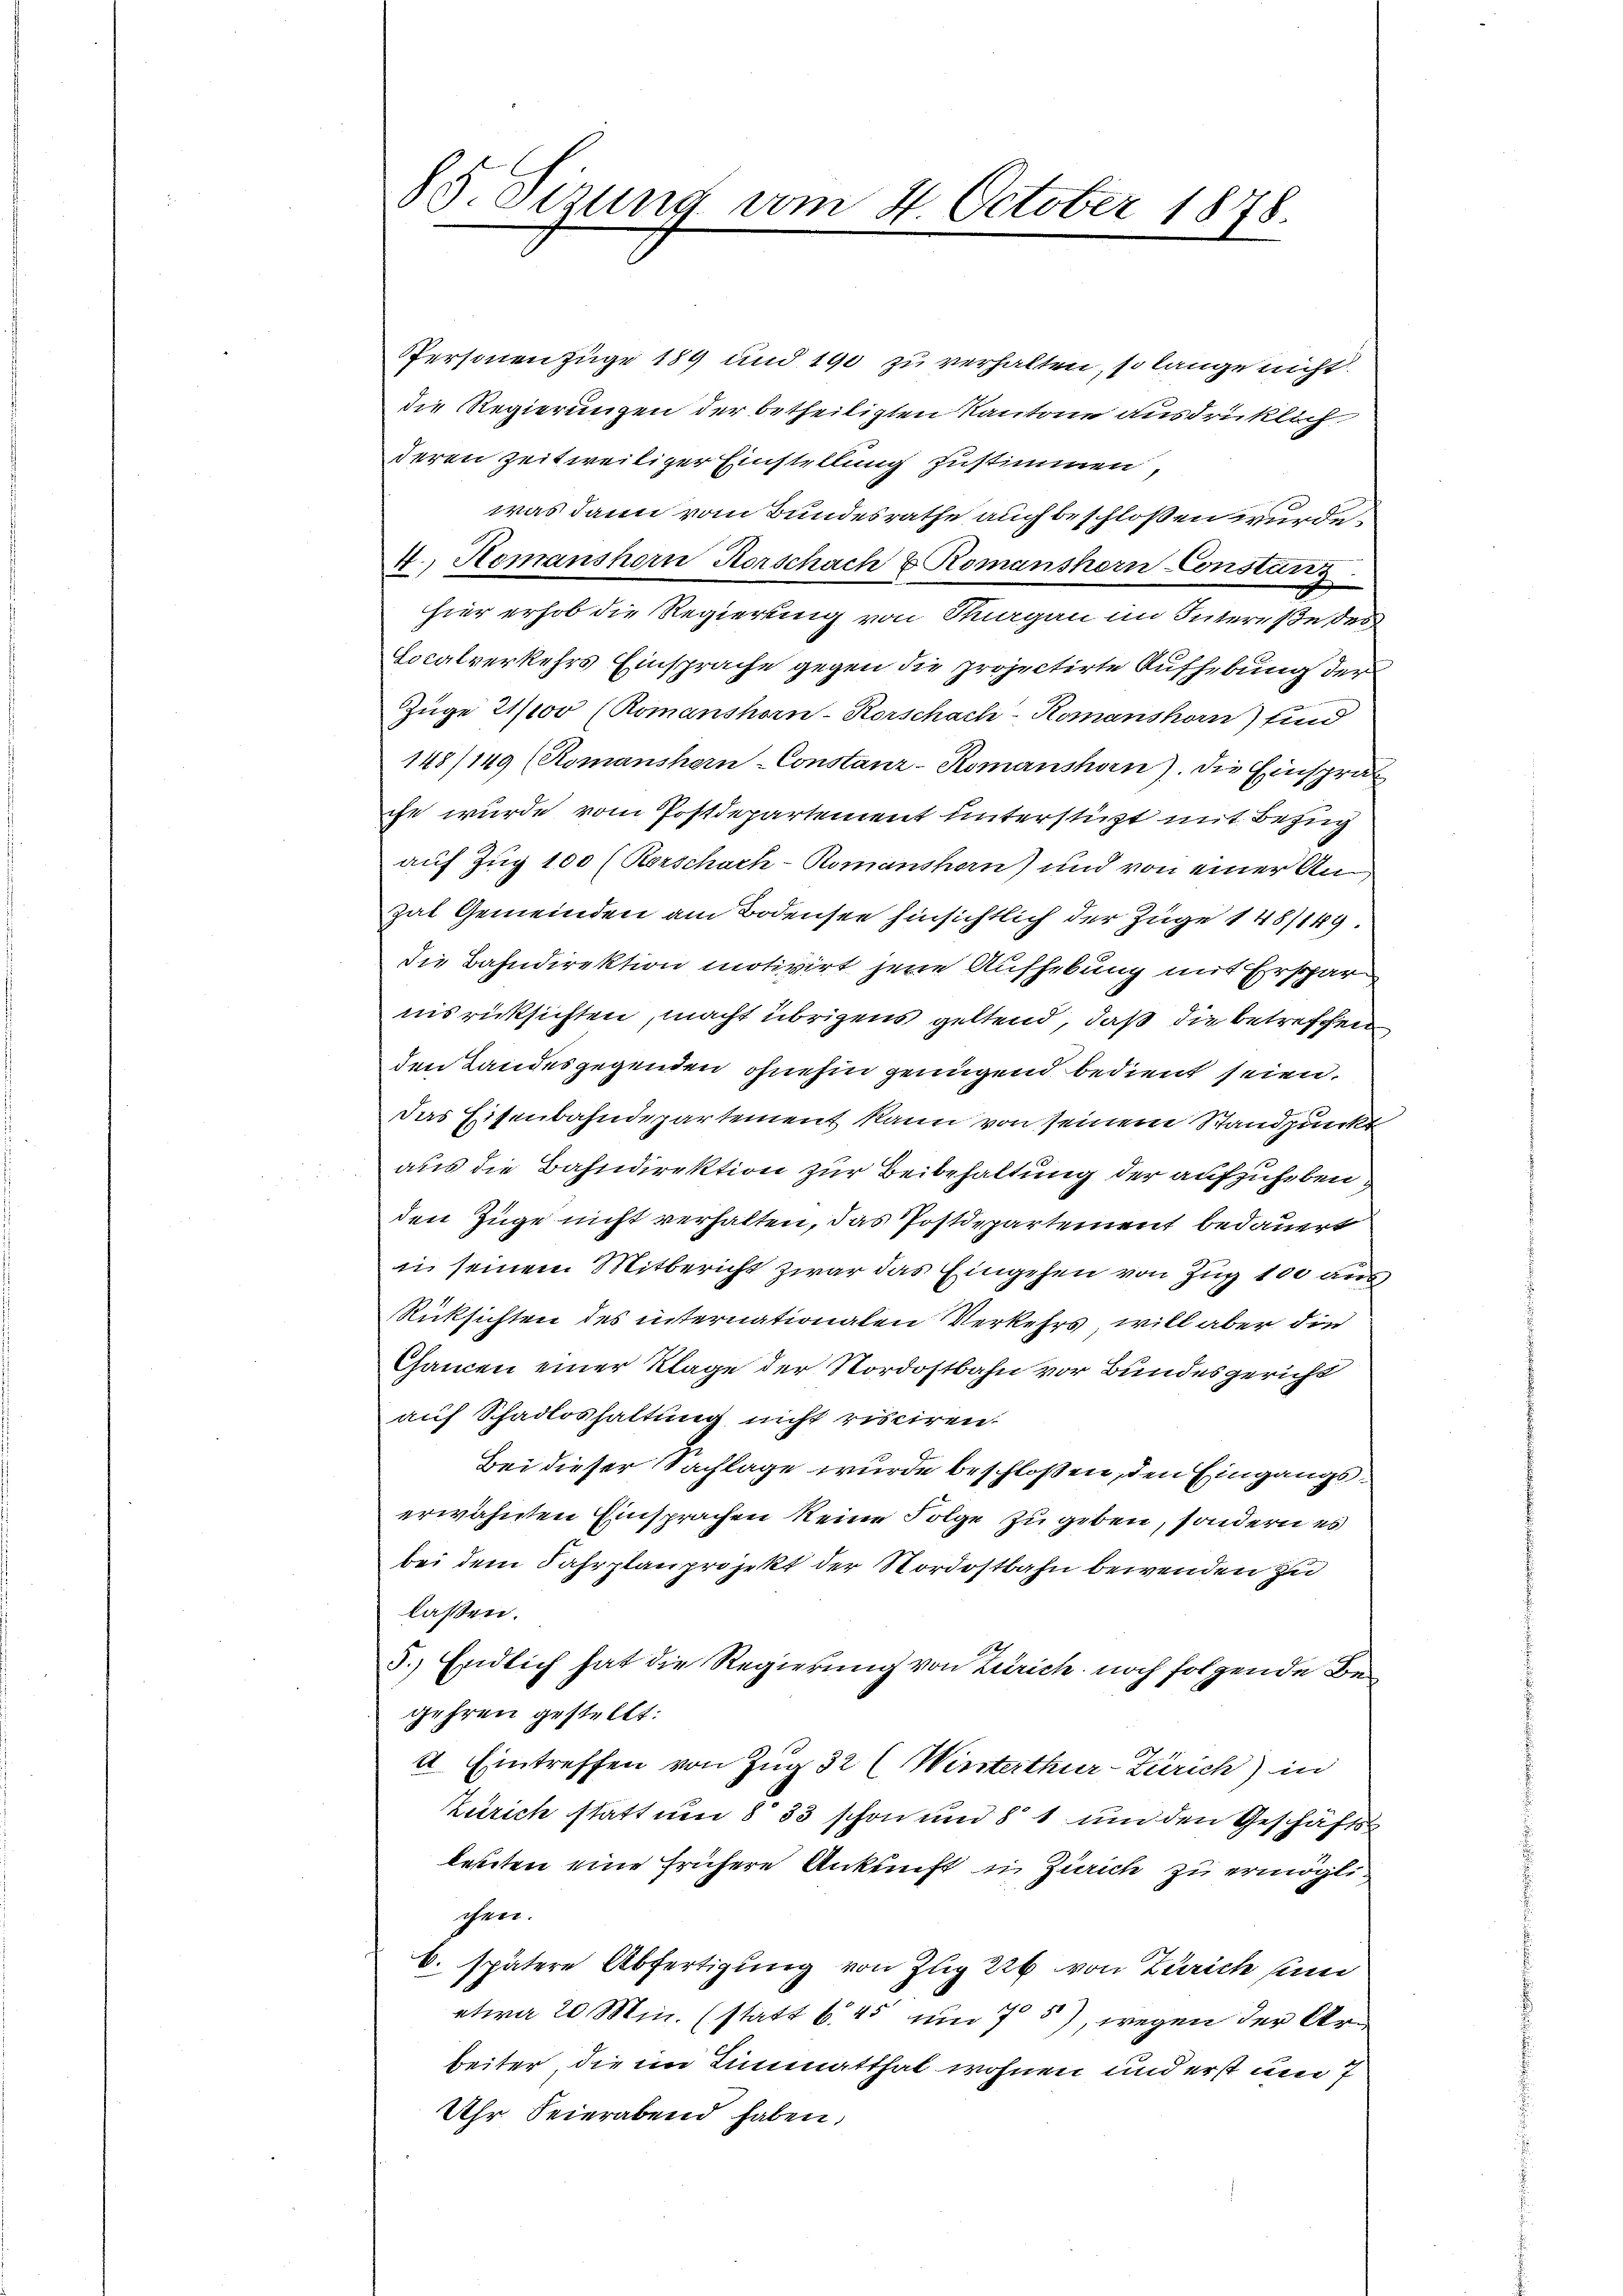
85. Sizung vom 4. October 1878.

Personenzüge 189 und 190 zu verhalten, so lange nicht
die Regierungen der betheiligten Kantone ausdrücklich
deren zeitweiliger Einstellung zustimmen,
was dann vom Bundesrathe auch beschloßen wurde.
4. Hemanshorn Horschach & Romanshorn Constanz
hier erhob die Regierung von Sturgau im Intereße ses
Localverkehrs Einsprache gegen die projectirte Aufhebung der
Züge 21/10 (Romanshorn-Rorschach-Komanshorn) sind
148/149 (Romanshorn-Constanz-Komanshorn). Die Einsprak
che wurde vom Postdepartement unterstüzt mit Bezug
auf Zug 100 (Rorschach-Romanshan) und von einer An
Zat Gemeinden am Bodensee hinsichtlich der Züge 148/149.
die Bahndirektion motivirt jene Aufhebung mit Erspar
nisrücksichten, macht übrigens geltend, daß die betreffen,
den Landesgegenden ohnehin genügend bedient seien.
Das Eisenbahndepartement kann von seinem Standpunkt
aus die Bahndirektion zur Beibehaltung der aufzuhebenden Züge nicht verhalten, das Postdepartement bedauert
in seinem Mitbericht zwar das Eingehen von Zug 100 aus
Rücksichten des internationalen Verkehrs, will aber die
Chancen einer Klage der Nordostbahn vor Bundesgericht
auf Schadloshaltung nicht risciren.
Bei dieser Sachlage wurde beschlossen, den Eingangserwähnten Einsprachen keine Folge zu geben, sondern es
bei dem Fahrplanprojekt der Nordostbahn bewenden zu
laßen.
5.) Endlich hat die Regierung von Zürich noch folgende Begehren gestellt:
4 Eintreffen von Zug 32 (Wirsterthur–Zürich) in
Zürich statt um 8 33 schon und 8 1 und den Geschäfts-
leuten eine frühere Ankunft in Zürich zu ermöglichen.
b. spätere Abfertigung von Zug 226 von Zürich sind
etwa 20 Min. (statt b. 45 um 7 5), wegen der Arbeiter die im Limmatthal wohnen und erst um 7
Uhr Feierabend haben,